Indian journal of veterinary science and animal husbandry - Volumes 18-21, 1948-1951
Year: 1948
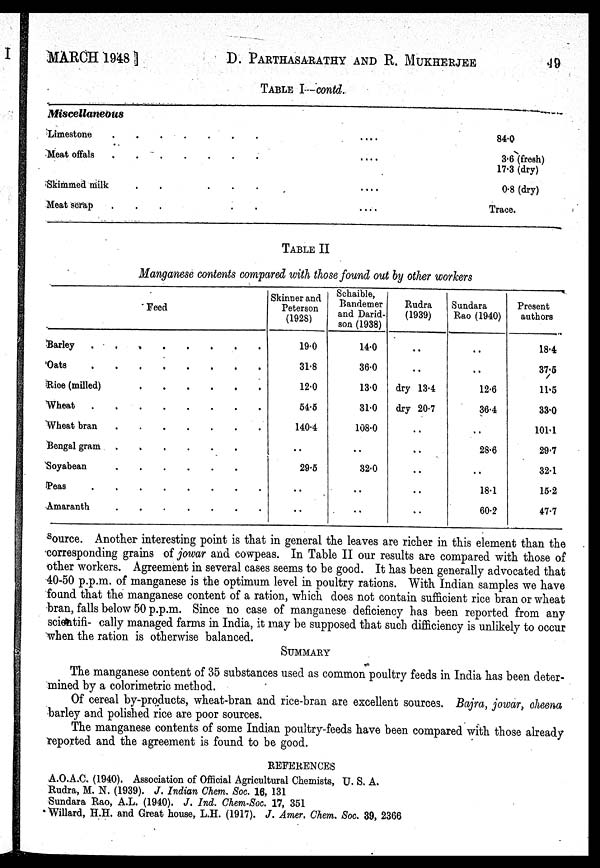
MARCH 1948 ]
D. PARTHASARATHY AND R.
MUKHERJEE
49
TABLE I—contd.
Miscellaneous
Limestone
Meat offals
Skimmed milk
.
.
.
.
.
.
.
..
Meat scrap
.
.
.
.
.
.
.
840
3.6 (fresh)
17.3 (dry)
0.8 (dry)
Trace.
TABLE II
Manganese contents compared with those found out by other workers
Feed
Barley
Oats
Rice (milled)
Wheat
Wheat bran
Bengal gram
......
Soyabean
Peas
Amaranth
.......
Skinner and
Peterson
(1928)
19.0
31.8
12.0
54.5
140.4
..
29.5
..
..
Schaible,
Bandemer
and Darid.
son (1938)
14.0
36.0
13.0
31.0
108.0
..
32.0
..
..
Rudra
(1939)
..
..
dry 13.4
dry 20.7
..
..
..
..
..
Sundara
Rao (1940)
..
..
12.6
36.4
..
28.6
..
18.1
60.2
Present
authors
18.4
37.5
11.5
33.0
101.1
29.7
32.1
15.2
47.7
source. Another interesting point is that in general the leaves are richer in this element than the
corresponding grains of jowar and cowpeas. In Table II our results are compared with those of
other workers. Agreement in several cases seems to be good. It has been generally advocated that
40-50 p.p.m. of manganese is the optimum level in poultry rations. With Indian samples we have
found that the manganese content of a ration, which does not contain sufficient rice bran or wheat
bran, falls below 50 p.p.m. Since no case of manganese deficiency has been reported from any
scientifi- cally managed farms in India, it may be supposed that such difficiency is unlikely to occur
when the ration is otherwise balanced.
SUMMARY
The manganese content of 35 substances used as common poultry feeds in India has been deter-
mined by a colorimetric method.
Of cereal by-products, wheat-bran and rice-bran are excellent sources. Bajra, jowar, cheena
barley and polished rice are poor sources.
The manganese contents of some Indian poultry-feeds have been compared with those already
reported and the agreement is found to be good.
REFERENCES
A.O.A.C. (1940). Association of Official Agricultural Chemists, U. S. A.
Rudra, M. N. (1939). J. Indian Chem. Soc. 16, 131
Sundara Rao, A.L. (1940). J. Ind. Chem-Soc. 17, 351
Willard, H.H. and Great house, L.H. (1917). J. Amer. Chem. Soc. 39, 2366